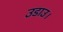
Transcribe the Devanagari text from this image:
उडाउ।